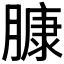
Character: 𰯑